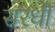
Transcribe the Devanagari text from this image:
सरधी